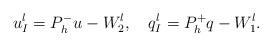
LaTeX: \begin{align*} u^l_I=P_h^-u-W^l_2,\ \ \ q^l_I=P_h^+q-W^l_1.\end{align*}